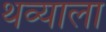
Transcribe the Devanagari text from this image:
थव्याला